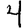
Digit: 4